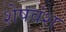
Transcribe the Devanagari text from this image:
शेषवंश